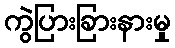
ကွဲပြားခြားနားမှု